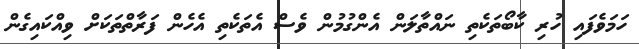
ހަމަވެފައި ހުރި ކާބޯތަކެތި ނައްތާލަން އެންގުމުން ވެސް އެތަކެތި އެހެން ފަރާތްތަކަށް ވިއްކައިގެން